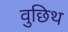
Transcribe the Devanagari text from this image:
वुछिथ